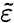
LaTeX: \widetilde{\varepsilon}